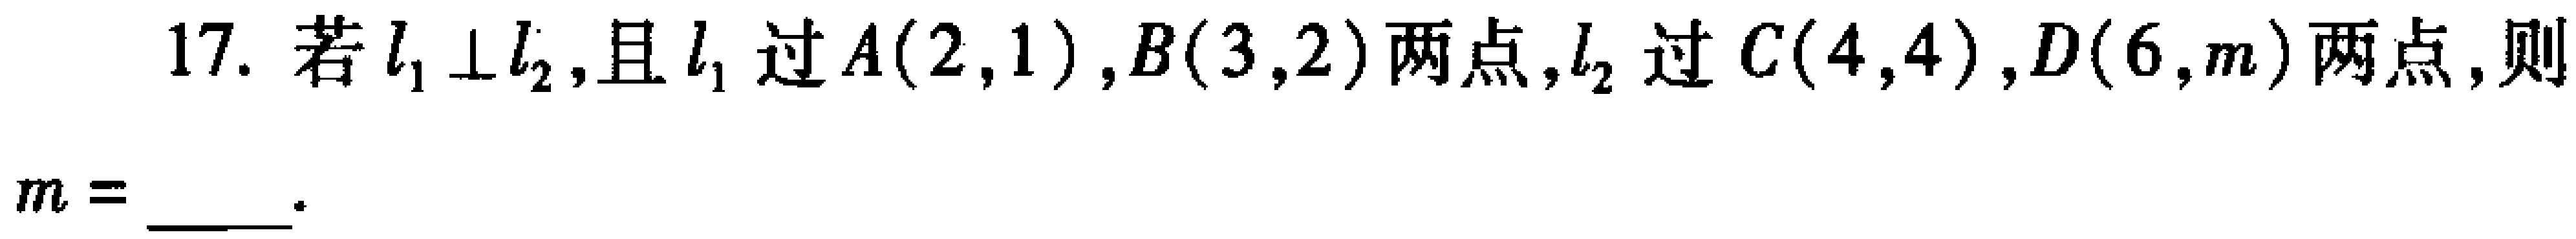
17. 若\(l_{1}\perp l_{2}\)，且\(l_{1}\)过\(A(2,1)\)，\(B(3,2)\)两点，\(l_{2}\)过\(C(4,4)\)，\(D(6,m)\)两点，则
\(m = \underline{\quad\quad}\)。